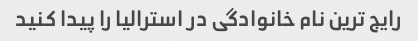
رایج ترین نام خانوادگی در استرالیا را پیدا کنید